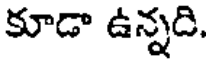
కూడా ఉన్నది.